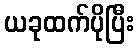
ယခုထက်ပိုပြီး